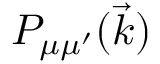
P _ { \mu \mu ^ { \prime } } ( \vec { k } )